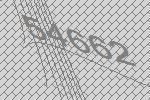
54662